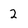
Character: 2